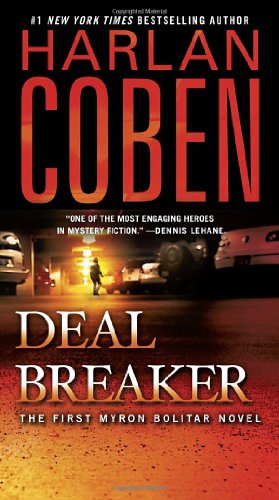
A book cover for Deal Breaker: The First Myron Bolitar Novel; Harlan Coben; Literature & Fiction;